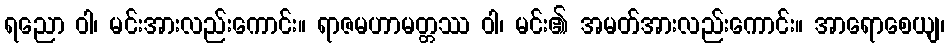
ရညော ဝါ၊ မင်းအားလည်းကောင်း။ ရာဇမဟာမတ္တဿ ဝါ၊ မင်း၏ အမတ်အားလည်းကောင်း။ အာရောစေယျ၊